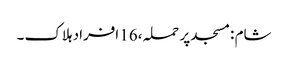
شام :مسجد پر حملہ ،16 افراد ہلاک ۔